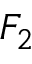
F _ { 2 }